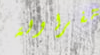
الفراولة